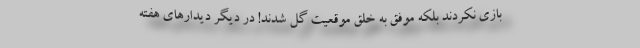
بازی نکردند بلکه موفق به خلق موقعیت گل شدند! در دیگر دیدارهای هفته